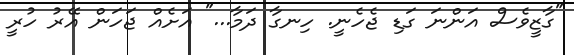
"ގާޒީވެސް އަންނަ ގަޑި ޖެހެނީ. ހިނގާ ދަމާ..." އަށެއް ޖަހަން އޭރު ހުރީ